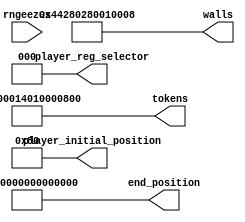
module level_seven_rom_22 (
    input [1:0] rngeezus,
    output reg [63:0] player_initial_position,
    output reg [2:0] player_reg_selector,
    output reg [63:0] end_position,
    output reg [63:0] walls,
    output reg [63:0] tokens
  );
  
  
  
  always @* begin
    player_initial_position[0+7-:8] = 8'h80;
    player_initial_position[8+55-:56] = 56'h00000000000000;
    player_reg_selector = 3'h0;
    end_position[0+55-:56] = 56'h00000000000000;
    end_position[56+7-:8] = 8'h01;
    tokens[0+7-:8] = 8'h02;
    tokens[8+7-:8] = 8'h08;
    tokens[16+7-:8] = 8'h00;
    tokens[24+7-:8] = 8'h10;
    tokens[32+7-:8] = 8'h40;
    tokens[40+7-:8] = 8'h01;
    tokens[48+7-:8] = 8'h00;
    tokens[56+7-:8] = 8'h30;
    walls[0+7-:8] = 8'h08;
    walls[8+7-:8] = 8'h00;
    walls[16+7-:8] = 8'h01;
    walls[24+7-:8] = 8'h80;
    walls[32+7-:8] = 8'h02;
    walls[40+7-:8] = 8'h28;
    walls[48+7-:8] = 8'h44;
    walls[56+7-:8] = 8'h00;
  end
endmodule